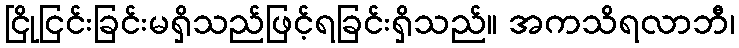
ငြိုငြင်းခြင်းမရှိသည်ဖြင့်ရခြင်းရှိသည်။ အကသိရလာဘီ၊